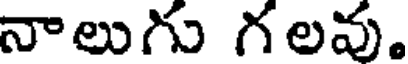
నాలుగు గలవు.